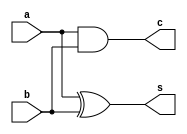
//IPA Assignment 1
//VHDL Code for ADD Operation

//VHDL Code for half_adder
module half_adder(a,b,c,s);
input a,b;
output s,c;
xor (s,a,b);
and (c,a,b);
endmodule


//VHDL Code for full_adder
module full_adder(a,b,c_in,c_out,sum);
input a,b,c_in;
output sum,c_out;
wire s1,c1,c2;
half_adder h1 (a,b,c1,s1);
half_adder h2 (c_in,s1,c2,sum);
or (c_out,c1,c2);
endmodule


//VHDL Code for addition of two 64-bits number
module ADD(input1, input2, c_in, out, carry_out,overflow_check);
input signed [63:0] input1, input2;
input c_in; // c_in is 0 for addition
output signed [63:0] out;
output carry_out,overflow_check;
wire [63:0] carry;
genvar i;
generate
for(i=0;i<64;i=i+1)
begin: generate_ADD
if(i==0)
full_adder f(input1[0],input2[0],c_in,carry[0],out[0]);
else
full_adder f(input1[i],input2[i],carry[i-1],carry[i],out[i]);
end
assign carry_out = carry[63];
assign overflow_check = carry_out ^ carry[62];
endgenerate
endmodule